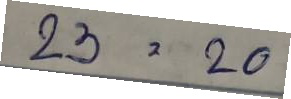
23 = 20